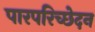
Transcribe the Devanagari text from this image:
पारपरिच्छेदन